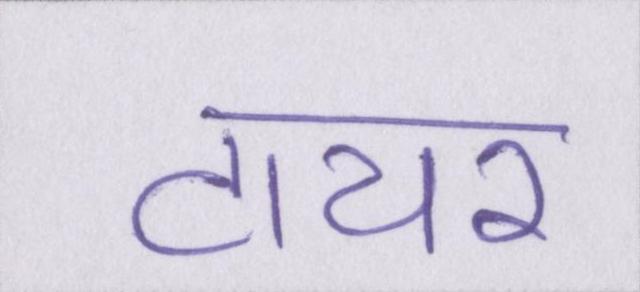
टायर